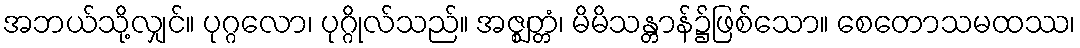
အဘယ်သို့လျှင်။ ပုဂ္ဂလော၊ ပုဂ္ဂိုလ်သည်။ အဇ္ဈတ္တံ၊ မိမိသန္တာန်၌ဖြစ်သော။ စေတောသမထဿ၊